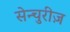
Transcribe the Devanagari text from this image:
सेन्चुरीज़